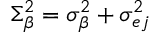
\Sigma _ { \beta } ^ { 2 } = \sigma _ { \beta } ^ { 2 } + \sigma _ { e j } ^ { 2 }